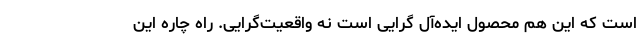
است که این هم محصول ایده‌آل گرایی است نه واقعیت‌گرایی. راه چاره این